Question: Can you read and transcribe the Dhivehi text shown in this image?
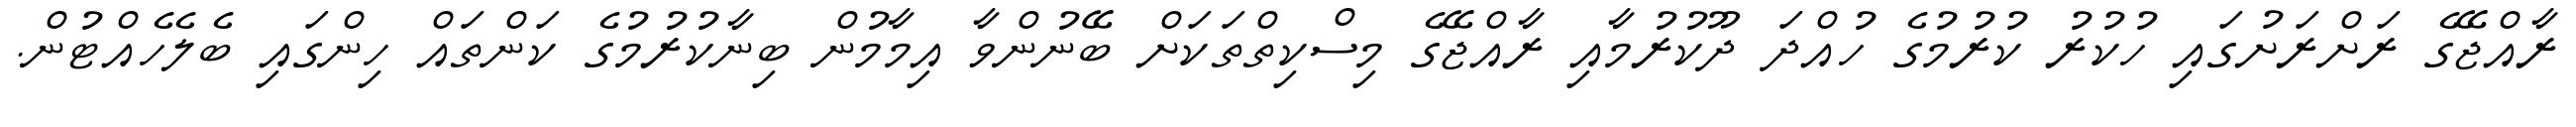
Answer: ރާއްޖޭގެ ރަށްރަށުގައި ހުކުރު ކުރުމުގެ ހުއްދަ ދޫކުރުމާއި ރާއްޖޭގެ މިސްކިތްތަކަށް ބޭނުންވާ އިމާމުން ބިނާކުރުމުގެ ކަންތައް ހިންގައި ބެލެހެއްޓުން.